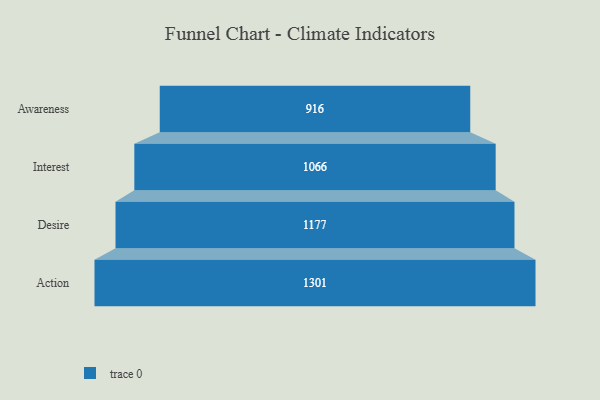
{"axis": {"x": "Stage", "y": "Value"}, "legend": [""], "data": [{"x": "Awareness", "y": 916.0, "type": ""}, {"x": "Interest", "y": 1066.0, "type": ""}, {"x": "Desire", "y": 1177.0, "type": ""}, {"x": "Action", "y": 1301.0, "type": ""}]}